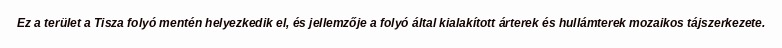
Ez a terület a Tisza folyó mentén helyezkedik el, és jellemzője a folyó által kialakított árterek és hullámterek mozaikos tájszerkezete.